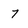
Character: 7